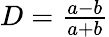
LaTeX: \begin{array}{r}{D=\frac{a-b}{a+b}}\end{array}